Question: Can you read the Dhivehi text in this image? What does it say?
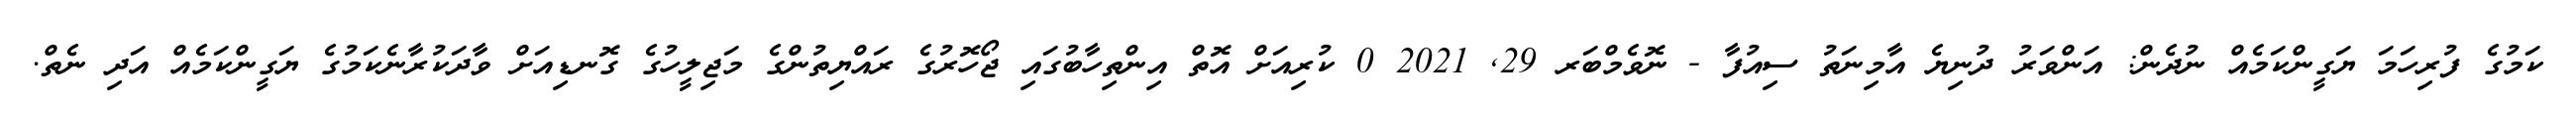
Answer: ކަމުގެ ފުރިހަމަ ޔަގީންކަމެއް ނުދެން: އަންވަރު ދުނިޔެ އާމިނަތު ސިއުފާ - ނޮވެމްބަރ 29, 2021 0 ކުރިއަށް އޮތް އިންތިހާބުގައި ޖޯހޮރުގެ ރައްޔިތުންގެ މަޖިލީހުގެ ގޮނޑިއަށް ވާދަކުރާނެކަމުގެ ޔަގީންކަމެއް އަދި ނެތް.